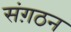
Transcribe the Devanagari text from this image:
संग़ठन